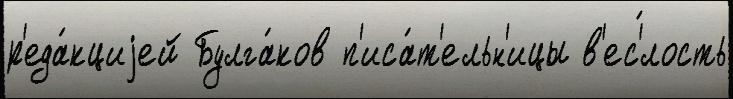
р'еда́кциjей Булга́ков п'иса́т'ельн'ицы в'ес'́лость